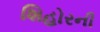
શિહોરની